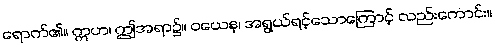
ရောက်၏။ ဣဟ၊ ဤအရာ၌။ ဝယေန၊ အရွယ်ရင့်သောကြောင့် လည်းကောင်း။